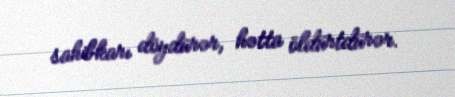
sahibkarı döydürər, hətta öldürtdürər.